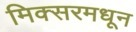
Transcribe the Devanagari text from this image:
मिक्सरमधून